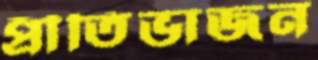
প্রীতিভাজন